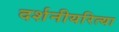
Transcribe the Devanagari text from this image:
दर्शनीयरित्या